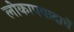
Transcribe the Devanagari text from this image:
लोकापवादाचें